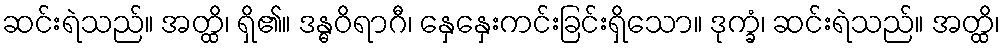
ဆင်းရဲသည်။ အတ္ထိ၊ ရှိ၏။ ဒန္ဓဝိရာဂီ၊ နှေနှေးကင်းခြင်းရှိသော။ ဒုက္ခံ၊ ဆင်းရဲသည်။ အတ္ထိ၊